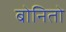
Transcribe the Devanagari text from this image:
बोनितो